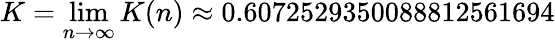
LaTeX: K=\operatorname*{lim}_{n\to\infty}K(n)\approx 0.6072529350088812561694